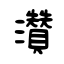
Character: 灒